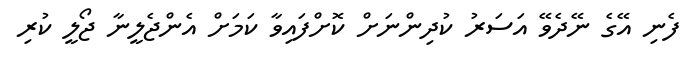
ފެނި އޭގެ ނޭދެވޭ އަސަރު ކުދިންނަށް ކޮށްފައިވާ ކަމަށް އެންޖެލީނާ ޖޯލީ ކުރި